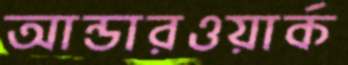
আন্ডারওয়ার্ক